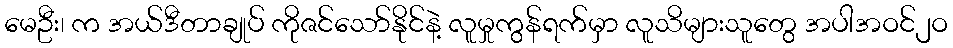
မေဦး၊ က အယ်ဒီတာချုပ် ကိုဇင်သော်နိုင်နဲ့ လူမှုကွန်ရက်မှာ လူသိများသူတွေ အပါအဝင်၂ဝ